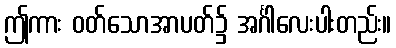
ဤကား ဝတ်သောအာပတ်၌ အင်္ဂါလေးပါးတည်း။